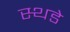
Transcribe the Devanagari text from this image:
स्थडे